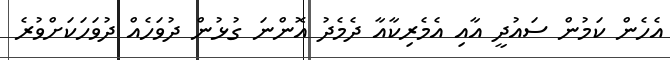
އެހެން ކަމުން ސައުދީ އާއި އެމެރިކާއާ ދެމެދު އޮންނަ ގުޅުން ދުވަހެއް ދުވަހަކަށްވުރެ